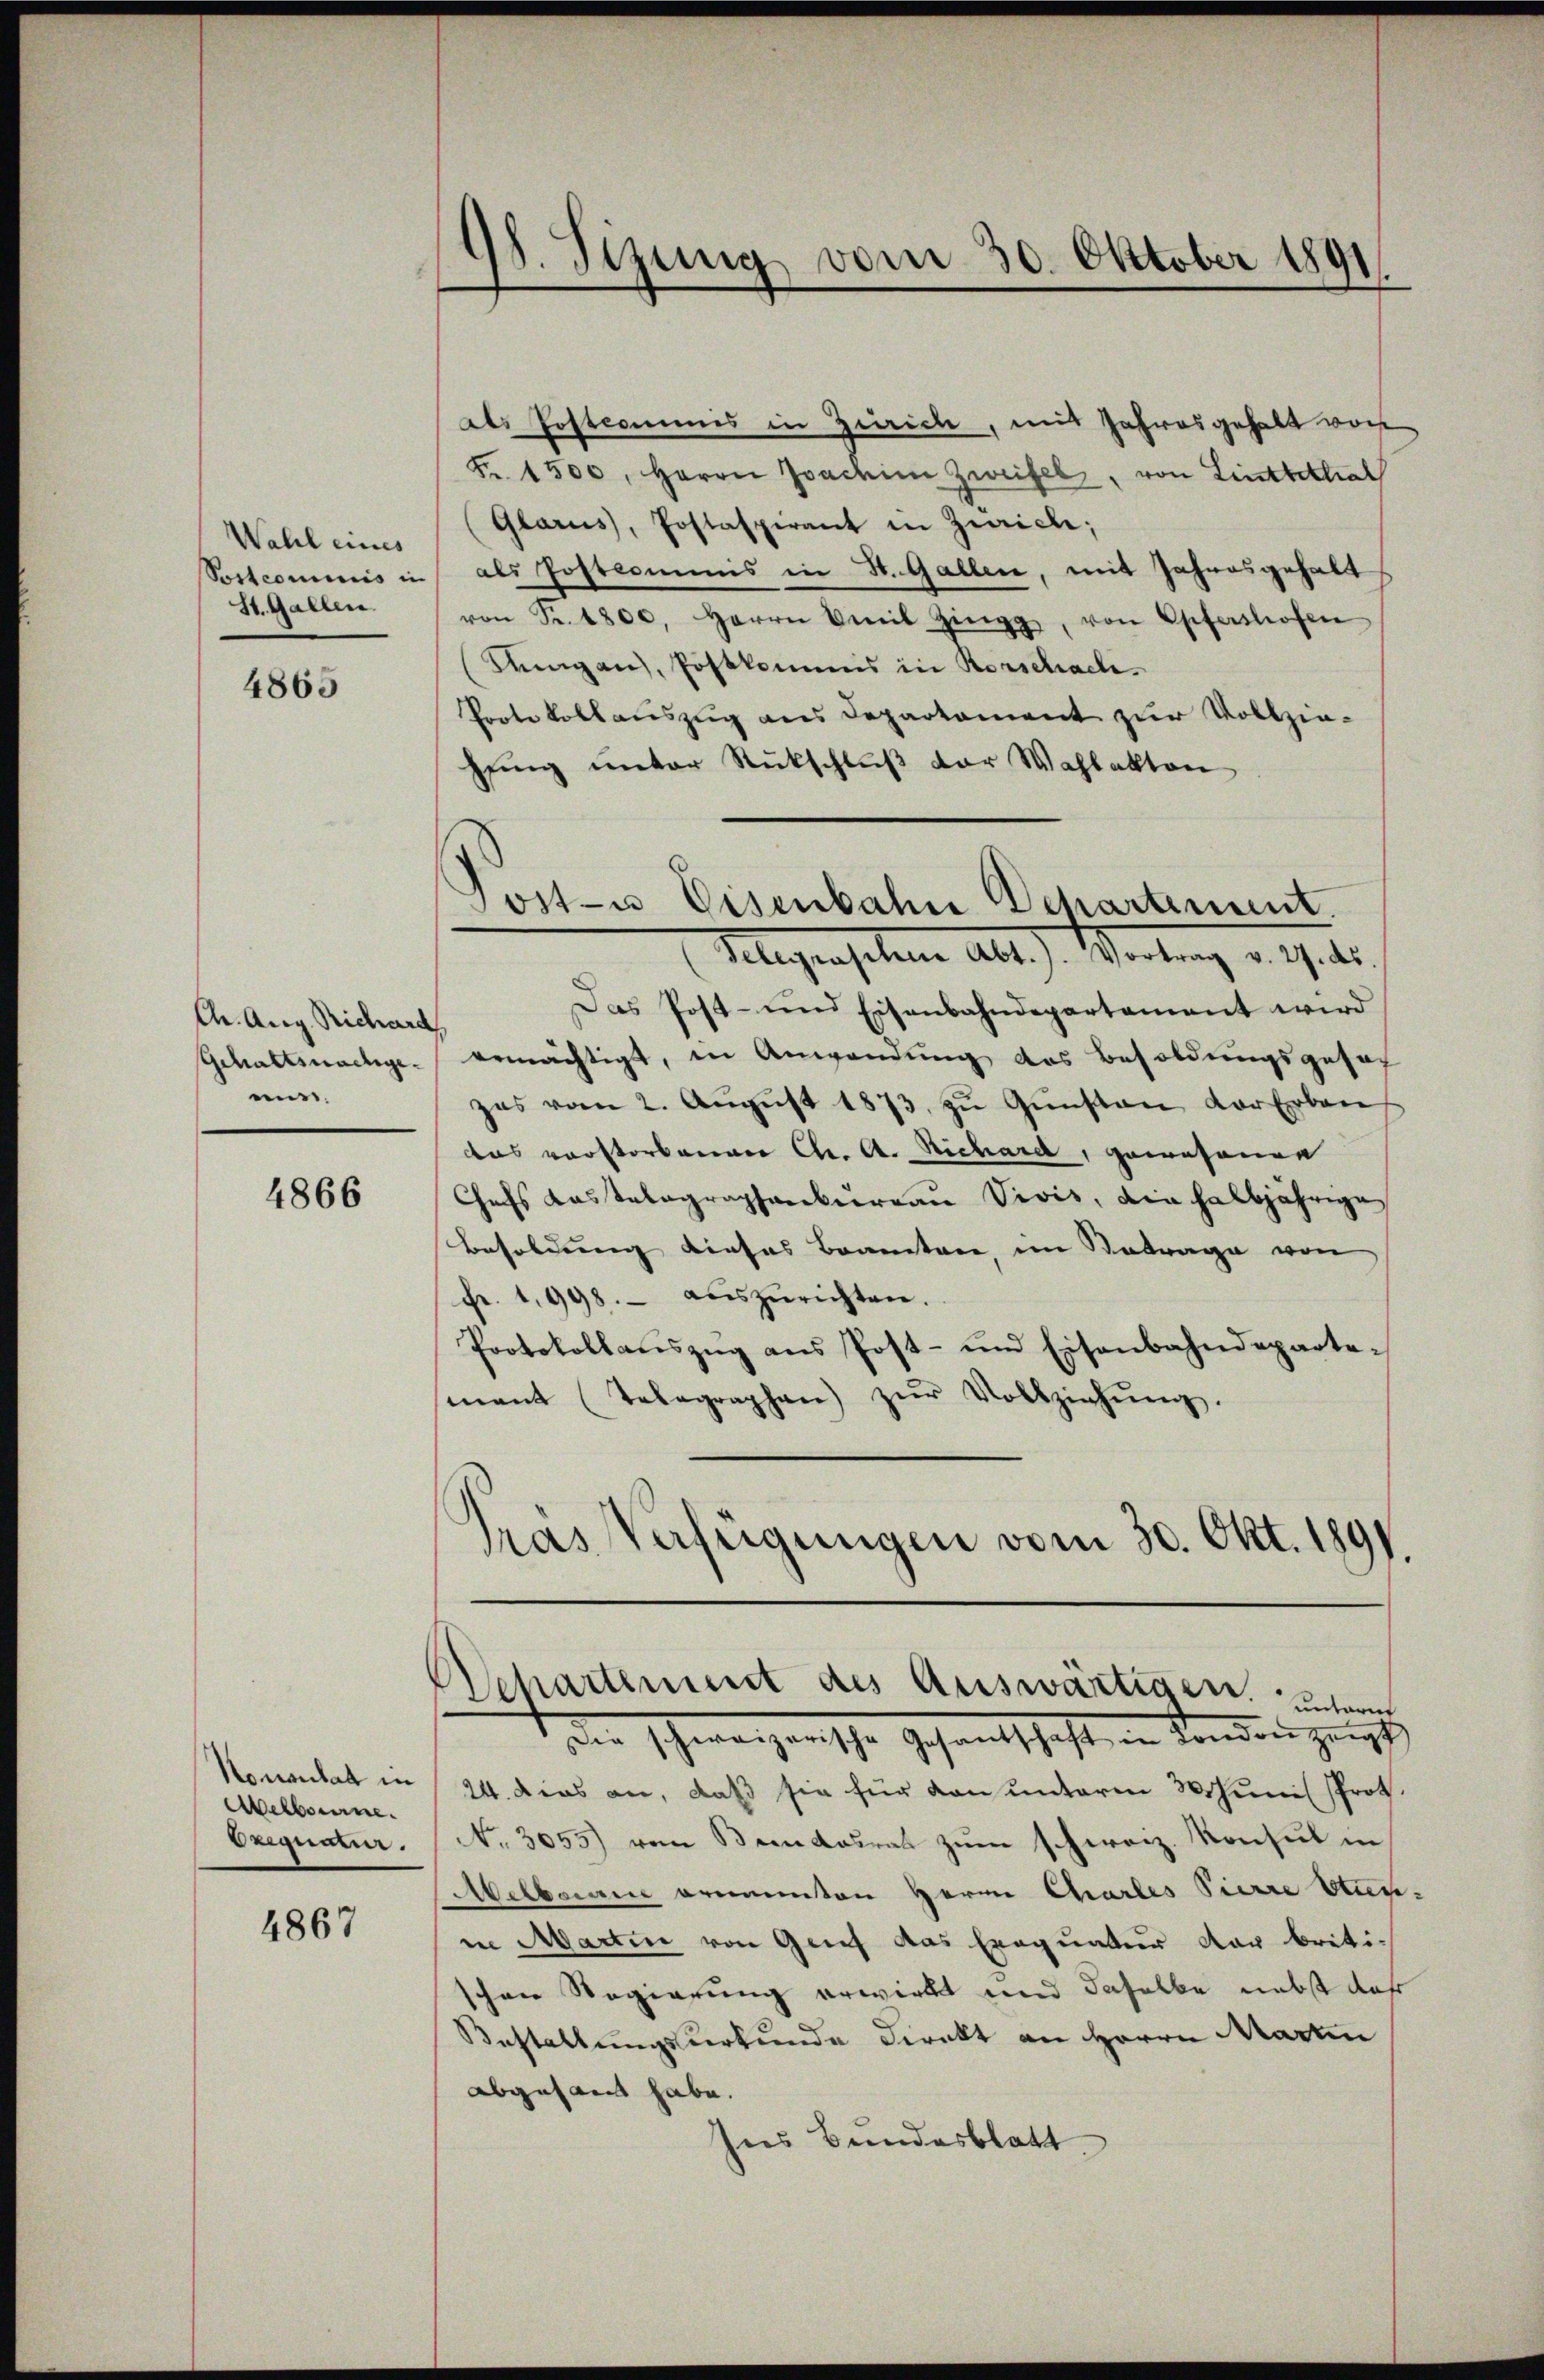
Wahl eines
Postcommis in
St. Gallen.

4865

Chr. Arg. Richard
Gehaltsnachgeuns.

4866

Konsulat in
Aelbourne.
Erignatur.

4867

d. Sizung vom 30. Oktober 1891

Post- u Eisenbahn Departement.

als Postcommis in Zürich, mit Jahresgehalt wor
Fr. 1500, Herrn Joachine Zweifel, von Litteltral
(Glarus, Postaspirant in Zürich;
als Postromens in St. Gallen, mit Jahresgehalt
von Fr. 1800, Herrn Veit Zingg, von Opfershofen
Ringen, Postkommis in Rorschach.
Porte Kollauszug aus Departament zur Vollziehŭng ŭnter Rückschlŭβ der Wahlakten
Telegenschen Abt. Wertung v. Ges.
Das Post- und Eisenbahndepartement wird
ermächtigt, in Anwendung des Besoldungsgesag
zes vom 2. Aŭgŭst 1873, zŭ Gŭnsten der Erben
das verstorbenger Chr. A. Richard, gewesenen
Chefs Kastalographenbeereaŭ Vivis, die halbjährige
Besoldung dieses Beamten, im Betrage von
Fr. 1998. aŭszŭrichten.
Protokollaŭszŭg ans Post- und Eisenbahndepartemant (Telegraphen zŭr Vollziehŭng.
Pras Verfügungen vom 30. Okt. 1891.

Departement des Auswärtigen unterm

die schweizerische Gesandtschaft in Landenzeigt
24. dies an, daß sie für von unterm Wohinis Prot.
No. 3055) vom Beendesrat zum schweiz. Konsul in
Melboran ernannten Herrn Charles Pierre Stun-
in Martin von Gries das Exequatur der briti-
schon Regierung erwirkt und daselbe nebst daß
Bestaltungsurkunde Direkt an Herrn Martin
abgesand habe.
Ins Bundesblatt